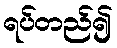
ရပ်တည်၍